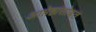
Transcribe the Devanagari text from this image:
आप्तेष्ठांसोबत